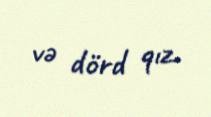
və dörd qız.